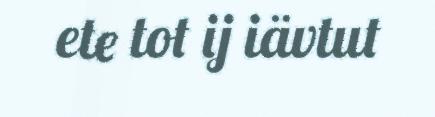
ete tot ij iävtut